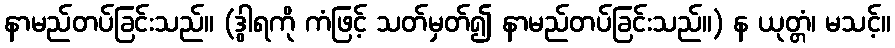
နာမည်တပ်ခြင်းသည်။ (ဒွါရကို ကံဖြင့် သတ်မှတ်၍ နာမည်တပ်ခြင်းသည်။) န ယုတ္တံ၊ မသင့်။